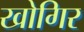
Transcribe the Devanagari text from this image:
खोगिर